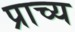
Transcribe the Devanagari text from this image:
प्राच्‍य